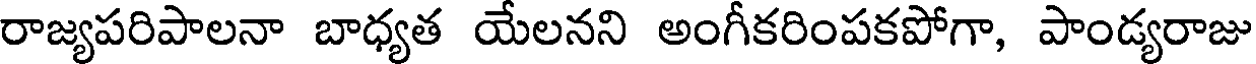
రాజ్యపరిపాలనా బాధ్యత యేలనని అంగీకరింపకపోగా, పాండ్యరాజు